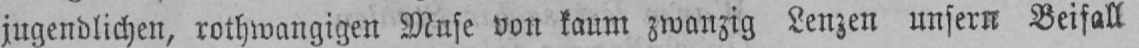
jugendlichen, rothwangigen Muse von kaum zwanzig Lenzen unsern Beifall